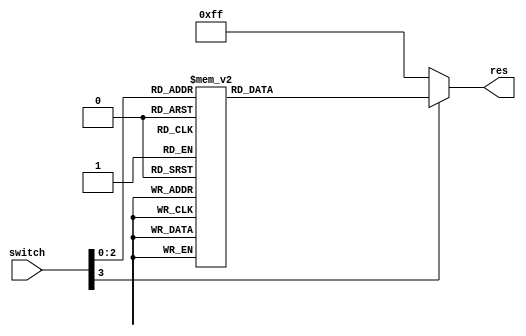
module thetoei(
input[3:0] switch, //4 ON -- OFF -- 
output reg[7:0] res //8  LED 
);	
	always@(switch) 
	begin
		if(!switch[3]) res <= 8'hff; //01,g1,g2
		else begin
			case(switch[2:0])
				3'b111:  res<= 8'b0111_1111; 
				3'b110:  res<= 8'b1011_1111; 
				3'b101:  res<= 8'b1101_1111; 
				3'b100:  res<= 8'b1110_1111; 
				3'b011:  res<= 8'b1111_0111; 
				3'b010:  res<= 8'b1111_1011; 
				3'b001:  res<= 8'b1111_1101; 
				3'b000:  res<= 8'b1111_1110; 
				default: ;
			endcase
		end
	end
	endmodule